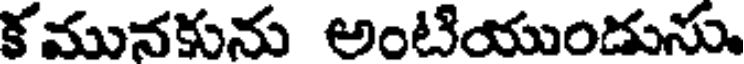
కమునకును అంటియుండును